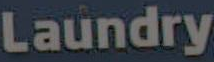
Laundry